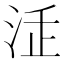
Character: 𣳴